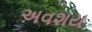
અવશય